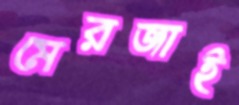
মেরজাই